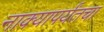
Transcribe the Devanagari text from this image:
नाक्‍यापर्यंतचा